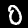
Label: 0